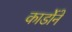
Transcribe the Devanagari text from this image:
कार्डोने